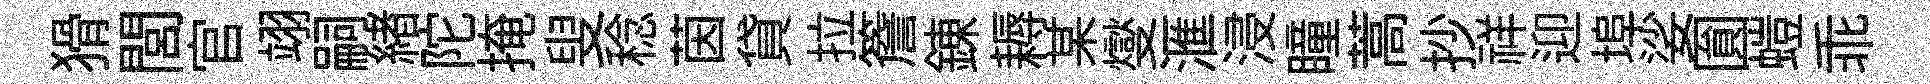
猾閭官翊嗣緖陀掩叟稔茵貸拉簷錬耨某燮滙浸瞳蒿抄祥迎埠娑圎螘乖